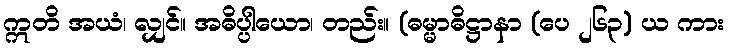
ဣတိ အယံ၊ လျှင်။ အဓိပ္ပါယော၊ တည်း။ (ဓမ္မာဓိဋ္ဌာနာ (ပေ ၂၆၃) ယ ကား